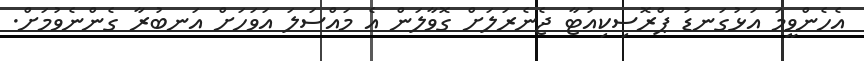
އެހެންވީމަ އަޅުގަނޑު ޕްރޮސިކިއުޓާ ޖެނެރަލަށް ގޮވާލަން އެ މައްސަލަ އަވަހަށް އަނބުރާ ގެންނެވުމަށް.